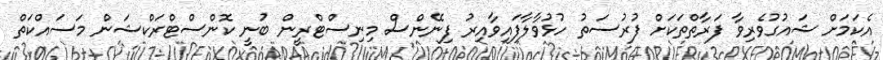
އެކަމަށް ޝައުގުވެރިވާ ފަރާތްތަކަށް ފުރުސަތު ހުޅުވާލާފައިވާއިރު ފިނޭންސް މިނިސްޓްރީން ބުނީ ކޮންސްޓްރަކްޝަން މަސައްކަތް